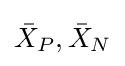
{\bar {X}}_{P},{\bar {X}}_{N}